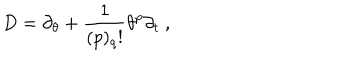
LaTeX: D = \partial _ { \theta } + \frac { 1 } { ( p ) _ { q } ! } \theta ^ { p } \partial _ { t } \ ,